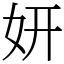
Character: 妍